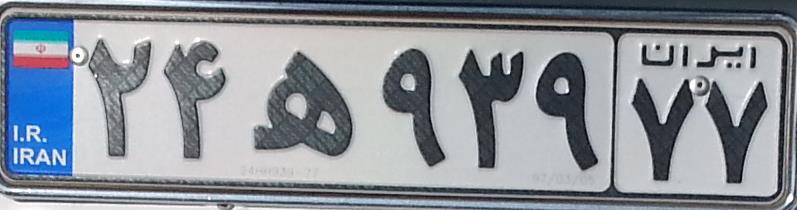
۲۴ه۹۳۹۷۷